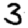
Digit: 3